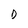
Character: D